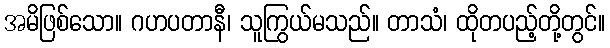
အမိဖြစ်သော။ ဂဟပတာနီ၊ သူကြွယ်မသည်။ တာသံ၊ ထိုတပည့်တို့တွင်။